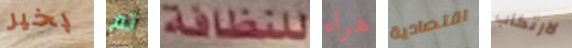
بخير تم للنظافة هراء اقتصادية لارتكاب